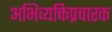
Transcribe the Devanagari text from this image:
अभिव्यक्तिप्रचारक